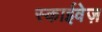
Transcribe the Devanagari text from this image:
स्काईवेज़